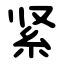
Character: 紧